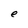
Character: e